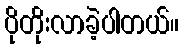
ပိုတိုးလာခဲ့ပါတယ်။